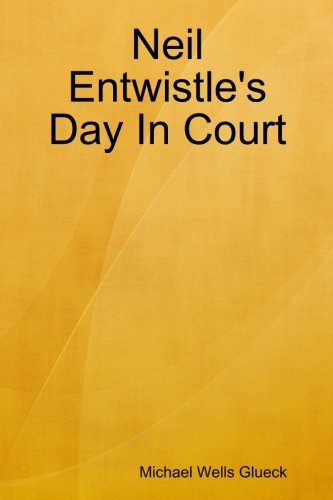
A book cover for Neil Entwistle's Day In Court; Michael Wells Glueck; Law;